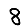
Digit: 8